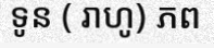
ទូន ( រាហូ) ភព